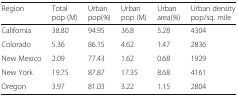
<table><thead><tr><td><b>Region</b></td><td><b>Totalpop (M)</b></td><td><b>Urbanpop(<i>%</i>)</b></td><td><b>Urbanpop (M)</b></td><td><b>Urbanarea(<i>%</i>)</b></td><td><b>Urban densitypop/sq. mile</b></td></tr></thead><tbody><tr><td>California</td><td>38.80</td><td>94.95</td><td>36.8</td><td>5.28</td><td>4304</td></tr><tr><td>Colorado</td><td>5.36</td><td>86.15</td><td>4.62</td><td>1.47</td><td>2836</td></tr><tr><td>New Mexico</td><td>2.09</td><td>77.43</td><td>1.62</td><td>0.68</td><td>1929</td></tr><tr><td>New York</td><td>19.75</td><td>87.87</td><td>17.35</td><td>8.68</td><td>4161</td></tr><tr><td>Oregon</td><td>3.97</td><td>81.03</td><td>3.22</td><td>1.15</td><td>2804</td></tr></tbody></table>